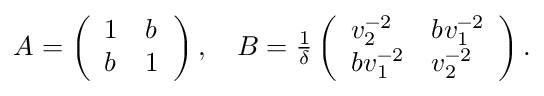
\begin{array} { r } { A = \left( \begin{array} { l l } { 1 } & { b } \\ { b } & { 1 } \end{array} \right) , \quad B = \frac { 1 } { \delta } \left( \begin{array} { l l } { v _ { 2 } ^ { - 2 } } & { b v _ { 1 } ^ { - 2 } } \\ { b v _ { 1 } ^ { - 2 } } & { v _ { 2 } ^ { - 2 } } \end{array} \right) . } \end{array}